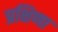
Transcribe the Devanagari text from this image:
प्रक्षिणा